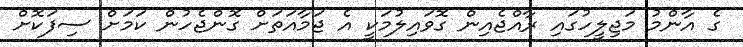
ގެ އާންމު މަޖިލީހުގައި ރާއްޖެއިން ގޮވައިލުމަކީ އެ ޖަމާއަތަށް ގޮންޖެހުން ކަމަށް ސިފަކޮށް